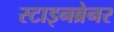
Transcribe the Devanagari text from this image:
स्टाइनब्रेनर